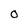
Character: O